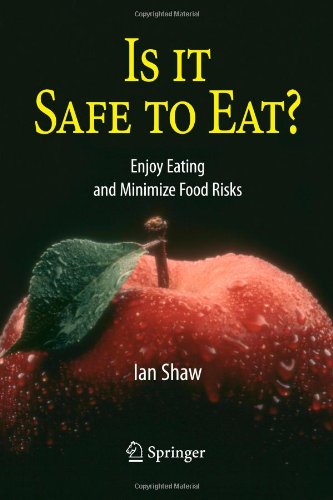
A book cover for Is it Safe to Eat?: Enjoy Eating and Minimize Food Risks; Ian Shaw; Medical Books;